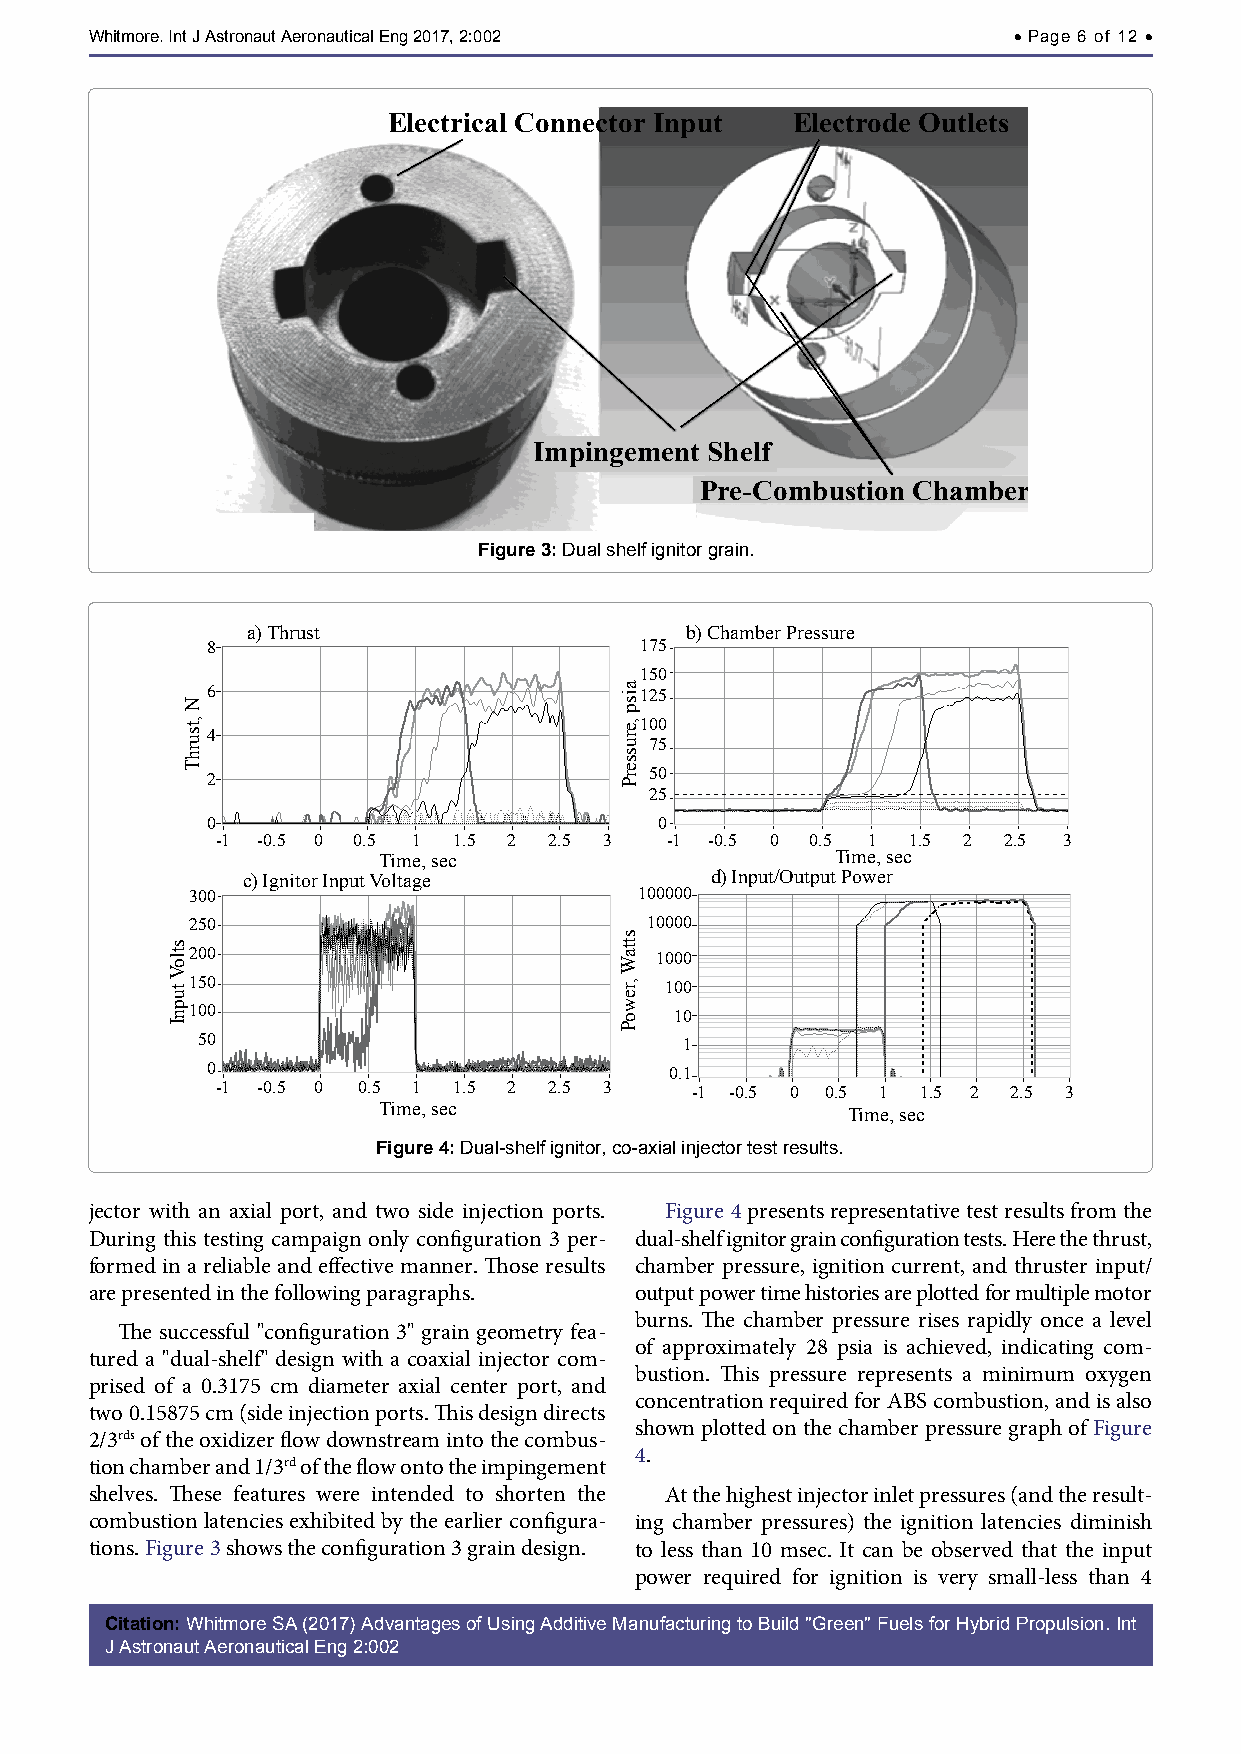
Whitmore. Int J Astronaut Aeronautical Eng 2017, 2:002       • Page 6 of 12 •
 Electrical Connector Input Electrode Outlets
 Impingement Shelf
 Pre-Combustion Chamber
 Figure 3: Dual shelf ignitor grain.
 a) Thrust                    b) Chamber Pressure
 8                           175
 150
 6                           125
 100
 4
 75
 2                            50
 25
 0                             0
 -1 -0.5 0 0.5 1 1.5 2 2.5 3   -1 -0.5 0 0.5 1 1.5 2 2.5 3
 Time, sec                     Time, sec
 c) Ignitor Input Voltage       d) Input/Output Power
 300                           100000
 250                            10000
 200                            1000
 150                             100
 100                              10
 50                              1
 0                             0.1
 -1 -0.5 0 0.5 1 1.5 2 2.5 3     -1 -0.5 0 0.5 1 1.5 2 2.5 3
 Time, sec
 Time, sec
 Figure 4: Dual-shelf ignitor, co-axial injector test results.
 jector with an axial port, and two side injection ports. Figure 4 presents representative test results from the
 During this testing campaign only configuration 3 per- dual-shelf ignitor grain configuration tests. Here the thrust,
 formed in a reliable and effective manner. Those results chamber pressure, ignition current, and thruster input/
 are presented in the following paragraphs. output power time histories are plotted for multiple motor
 burns. The chamber pressure rises rapidly once a level
 The successful "configuration 3" grain geometry fea-
 of approximately 28 psia is achieved, indicating com-
 tured a "dual-shelf" design with a coaxial injector com-
 bustion. This pressure represents a minimum oxygen
 prised of a 0.3175 cm diameter axial center port, and
 concentration required for ABS combustion, and is also
 two 0.15875 cm (side injection ports. This design directs
 shown plotted on the chamber pressure graph of Figure
 2/3rds of the oxidizer flow downstream into the combus-
 4.
 tion chamber and 1/3rd of the flow onto the impingement
 shelves. These features were intended to shorten the At the highest injector inlet pressures (and the result-
 combustion latencies exhibited by the earlier configura- ing chamber pressures) the ignition latencies diminish
 tions. Figure 3 shows the configuration 3 grain design. to less than 10 msec. It can be observed that the input
 power required for ignition is very small-less than 4
 Citation: Whitmore SA (2017) Advantages of Using Additive Manufacturing to Build "Green" Fuels for Hybrid Propulsion. Int
 J Astronaut Aeronautical Eng 2:002
 stloV
 tupnI
 N
 ,tsurhT
 aisp
 ,erusserP
 sttaW
 ,rewoP